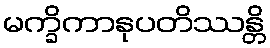
မက္ခိကာနုပတိဿန္တိ